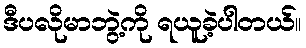
ဒီပလိုမာဘွဲ့ကို ရယူခဲ့ပါတယ်။